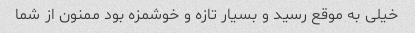
خیلی به موقع رسید و بسیار تازه و خوشمزه بود ممنون از شما